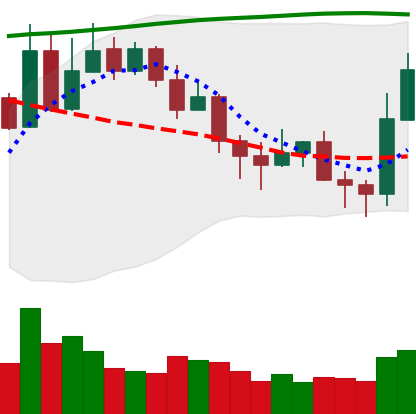
Ticker: XLM-USD
Chart end date: 2020-11-06
Forward return: -3.794%
Label: down_3_5